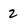
Character: 2